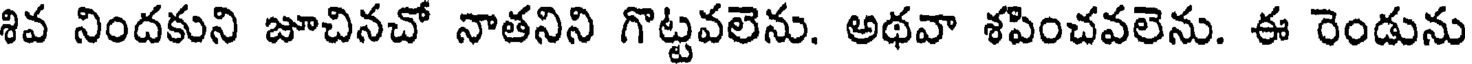
శివ నిందకుని జూచినచో నాతనిని గొట్టవలెను. అథవా శపించవలెను. ఈ రెండును